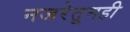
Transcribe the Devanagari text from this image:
नजरेतूनही